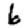
Digit: 6